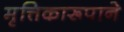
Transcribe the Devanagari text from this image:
मृत्तिकारूपाने